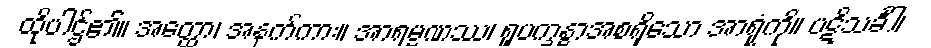
ထိုပါဌ်၏။ အတ္ထော၊ အနက်ကား။ အာရမ္မဏဿ၊ ရူပက္ခန္ဓာအစရှိသော အာရုံကို။ ပဋိသင်္ခါ၊